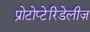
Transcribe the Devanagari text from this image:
प्रोटोप्टेरिडेलीज़